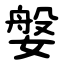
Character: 媻